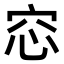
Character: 𥥁